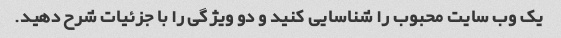
یک وب سایت محبوب را شناسایی کنید و دو ویژگی را با جزئیات شرح دهید.